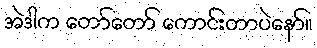
အဲဒါက တော်တော် ကောင်းတာပဲနော်။